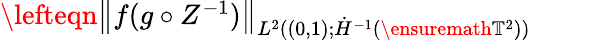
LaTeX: \begin{array}{rl}{\lefteqn{\bigl\| f(g\circ Z^{-1})\bigr\| _{L^{2}((0,1);\dot{H}^{-1}(\ensuremath{\mathbb{T}}^{2}))}}\qquad}&{{}}\end{array}